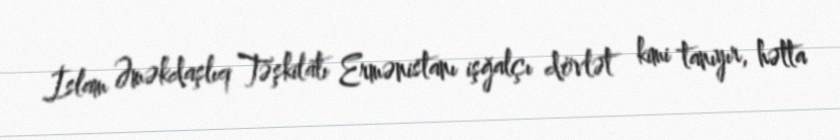
İslam Əməkdaşlıq Təşkilatı Ermənistanı işğalçı dövlət kimi tanıyır, hətta